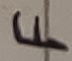
Text: F